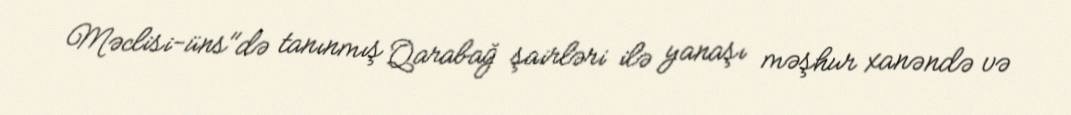
Məclisi-üns"də tanınmış Qarabağ şairləri ilə yanaşı məşhur xanəndə və